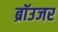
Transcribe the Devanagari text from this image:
ब्रॉउजर